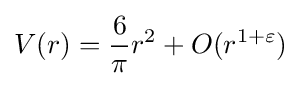
V(r)={\frac {6}{\pi }}r^{2}+O(r^{1+\varepsilon })